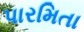
પારમિતા